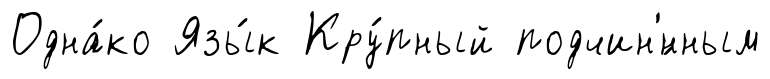
Одна́ко Язы́к Кру́пный подчин'́нным